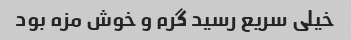
خیلی سریع رسید گرم و خوش مزه بود